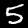
Label: 5